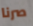
صرنا